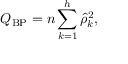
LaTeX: Q _ { \mathrm { B P } } = n \sum _ { k = 1 } ^ { h } { \hat { \rho } } _ { k } ^ { 2 } ,